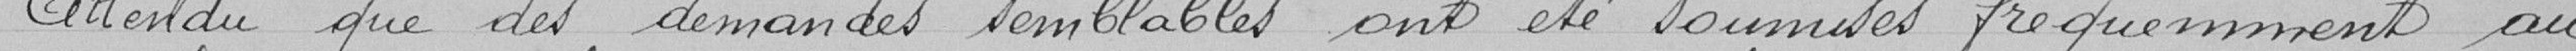
Attendu que des demandes semblables ont été soumises fréquemment au